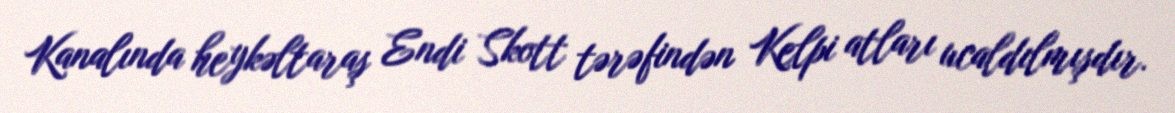
Kanalında heykəltaraş Endi Skott tərəfindən Kelpi atları ucaldılmışdır.